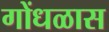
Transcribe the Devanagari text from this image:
गोंधळास